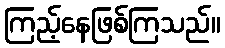
ကြည့်နေဖြစ်ကြသည်။